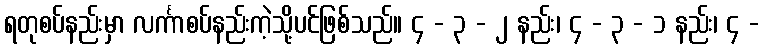
ရတုစပ်နည်းမှာ လင်္ကာစပ်နည်းကဲ့သို့ပင်ဖြစ်သည်။ ၄ - ၃ - ၂ နည်း၊ ၄ - ၃ - ၁ နည်း၊ ၄ -